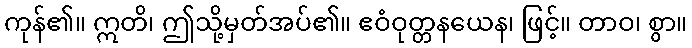
ကုန်၏။ ဣတိ၊ ဤသို့မှတ်အပ်၏။ ဧဝံဝုတ္တနယေန၊ ဖြင့်။ တာဝ၊ စွာ။